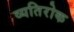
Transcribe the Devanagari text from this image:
व्यतिरोक